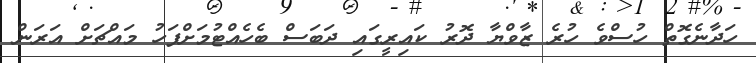
ހަދާނެގޮތް ހުސްވެ ހުރެ ޒާވްޔާ ދޮރު ކައިރީގައި ދަބަސް ބެހެއްޓުމަށްފަހު މައްޗަށް އަރަން